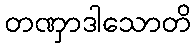
တဏှာဒါသောတိ